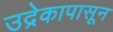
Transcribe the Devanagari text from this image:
उद्रेकापासून